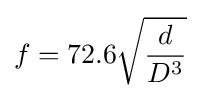
f=72.6{\sqrt {\frac {d}{D^{3}}}}